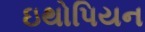
ઇથોપિયન